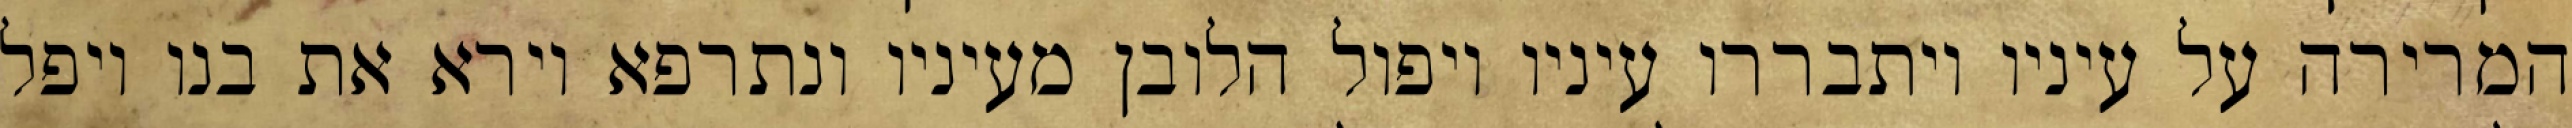
המרירה על עיניו ויתבררו עיניו ויפול הלובן מעיניו ונתרפא וירא את בנו ויפל